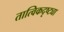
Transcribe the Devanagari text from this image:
तात्विकदृष्ट्या